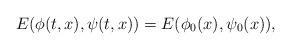
LaTeX: \begin{align*}\left.\begin{array}{ll} E(\phi(t,x),\psi(t,x))=E(\phi_0(x),\psi_0(x)),\end{array}\right.\end{align*}